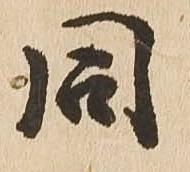
同